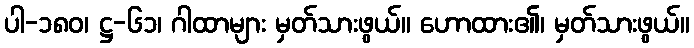
ပါ-၁၈၀၊ ဋ္ဌ-၆၁၊ ဂါထာများ မှတ်သားဖွယ်။ ဟောထား၏၊ မှတ်သားဖွယ်။